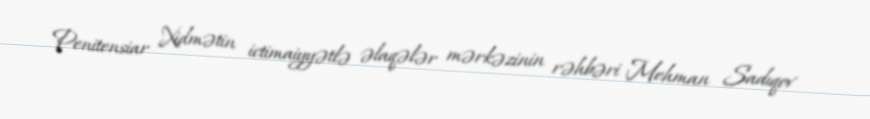
Penitensiar Xidmətin ictimaiyyətlə əlaqələr mərkəzinin rəhbəri Mehman Sadıqov